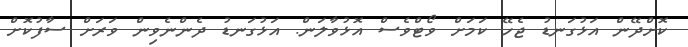
ކޮށްދޭން އަޅުގަނޑު ޖެހޭ ކަމަށް ވޯޓްވެސް އޮޅުވާލަން. އަޅުގަނޑު ދެންނެވިން ވަރަށް ސާފުކޮށް